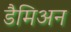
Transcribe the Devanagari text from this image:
डैमिअन